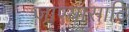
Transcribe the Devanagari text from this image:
जाण्यासाठि